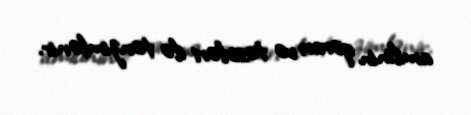
amilinin qərarı və təsirləri ilə tənzimlənir.